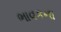
ભાવકના